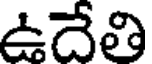
ఉదేతి